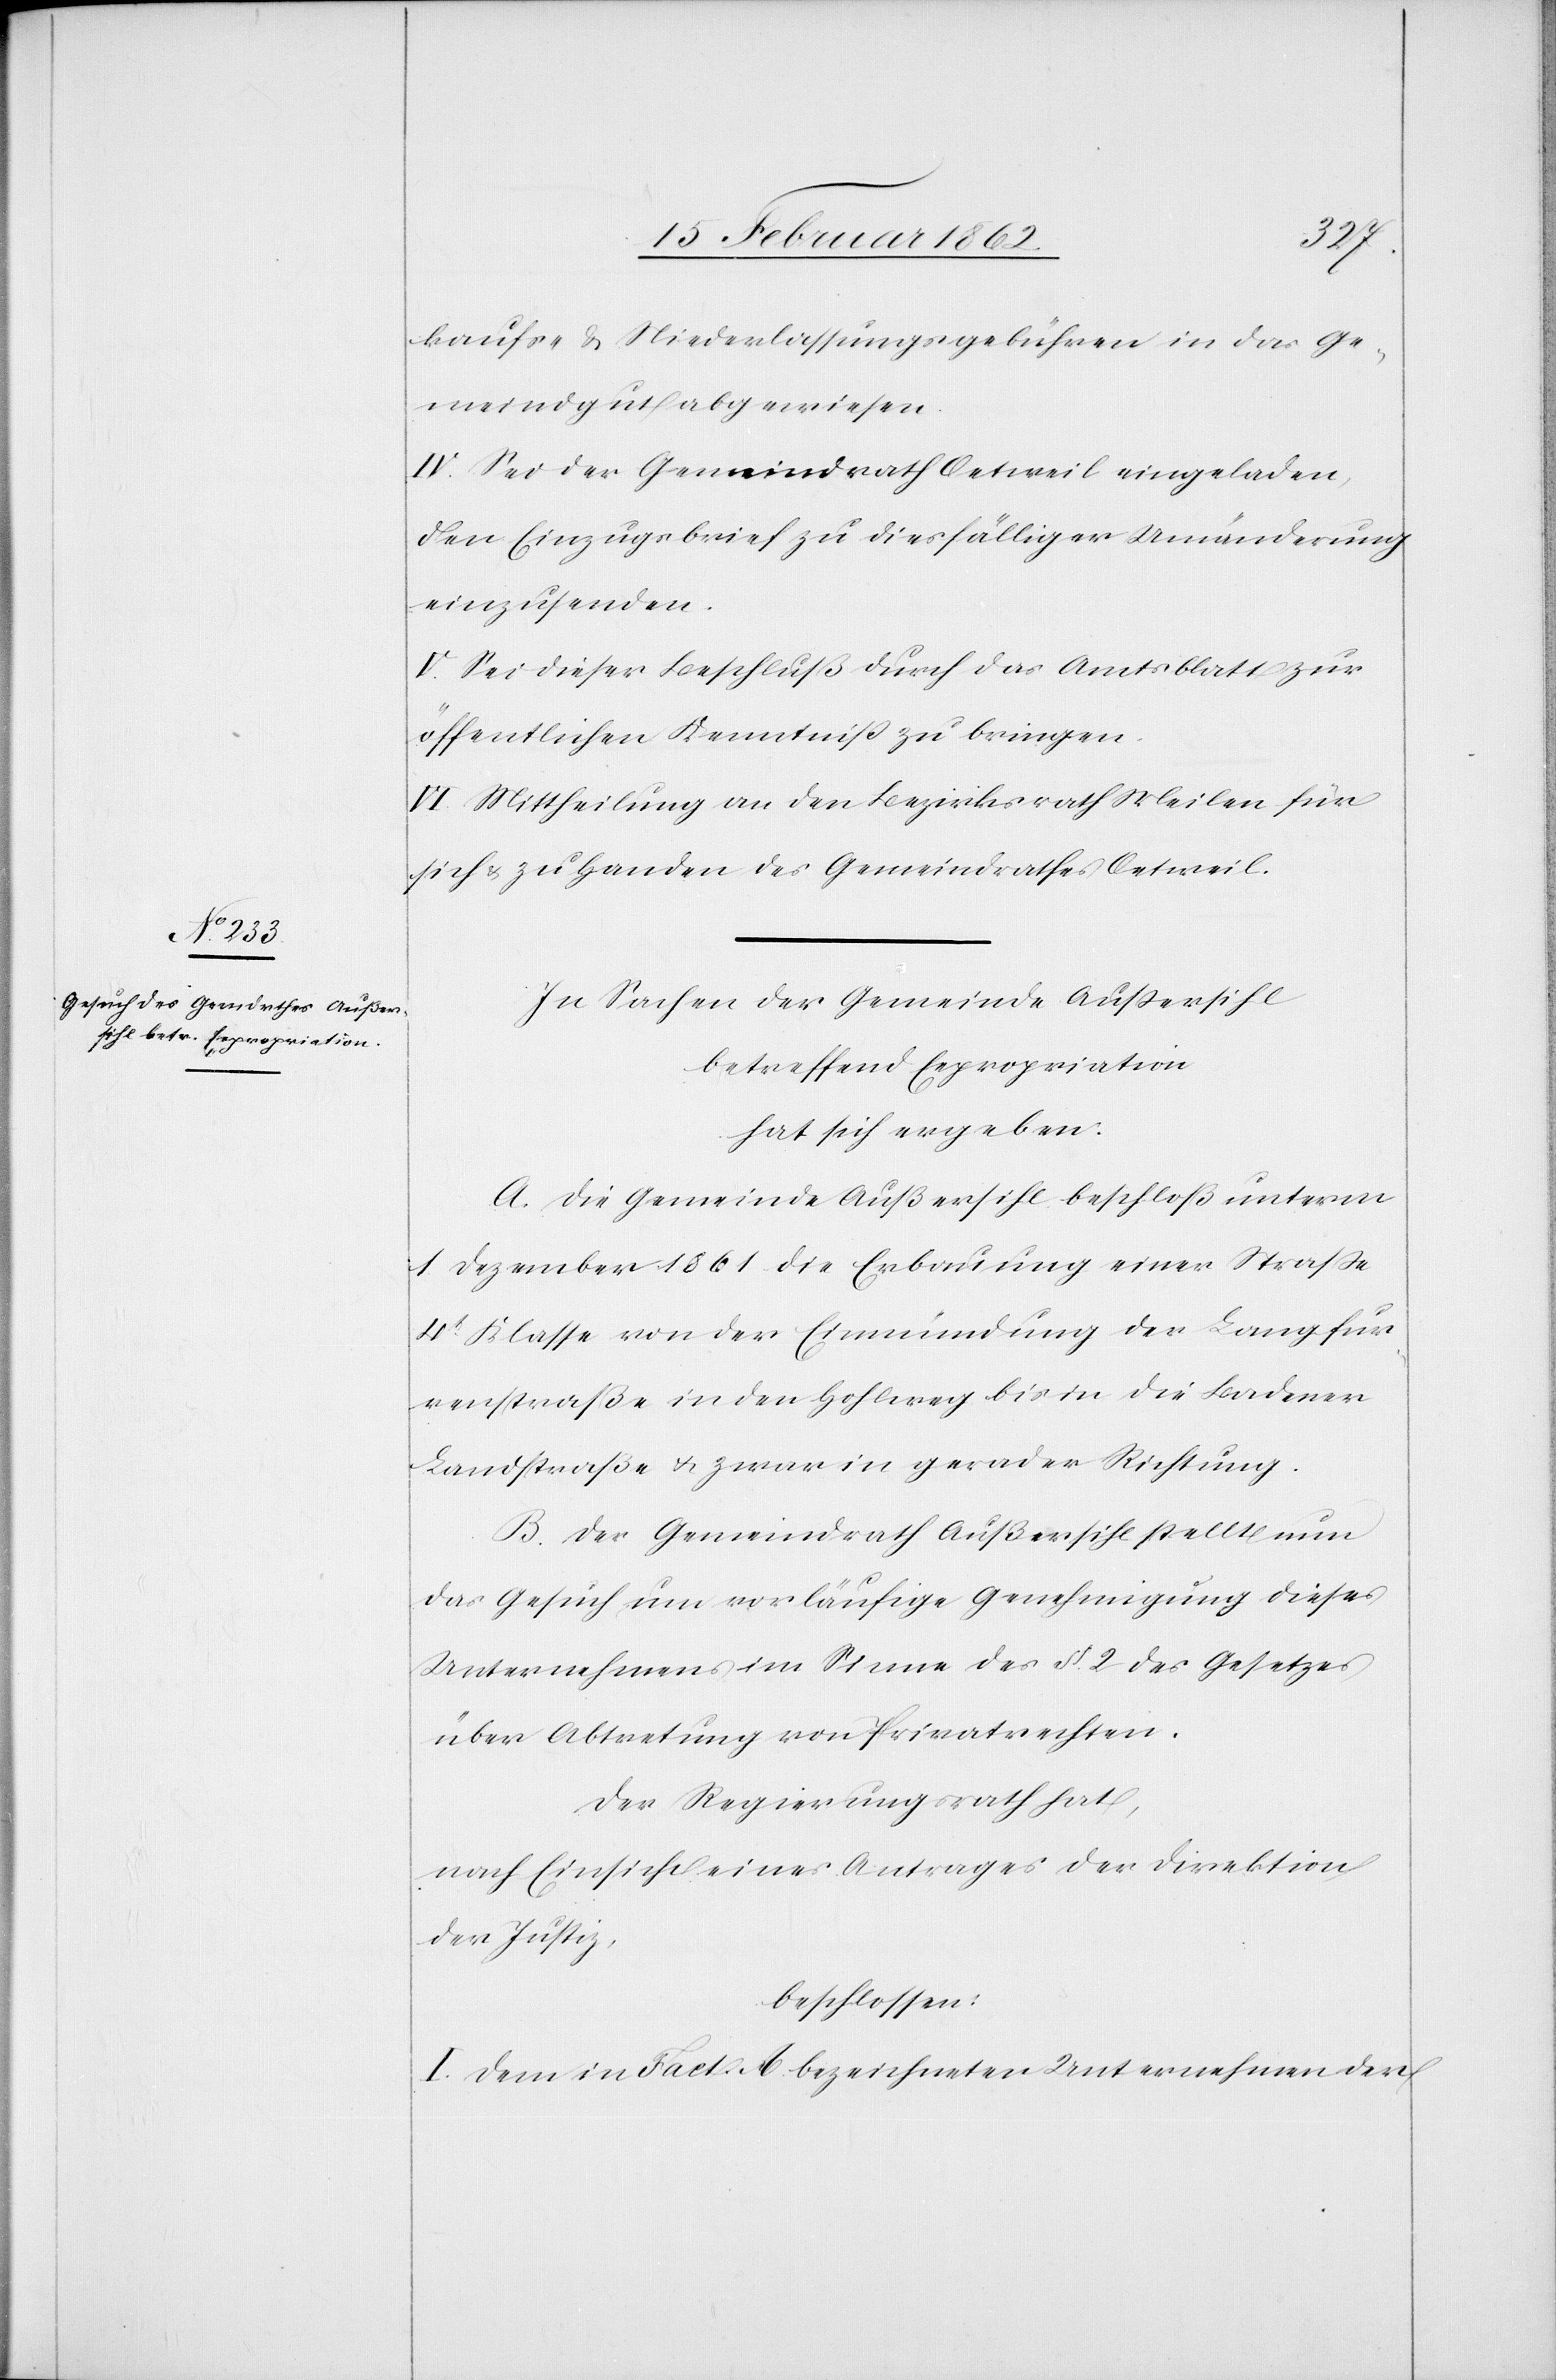
kaufs- & Niederlassungsgebühren in das Ge¬
meindgut abgewiesen.
IV. Sei der Gemeindrath Oetweil eingeladen,
den Einzugsbrief zu diesfälliger Umänderung
einzusenden.
V. Sei dieser Beschluß durch das Amtsblatt zur
öffentlichen Kenntniß zu bringen.
VI. Mittheilung an den Bezirksrath Meilen für
sich & zu Handen des Gemeindrathes Oetweil.
In Sachen der Gemeinde Außersihl
betreffend Expropriation
hat sich ergeben:
A. Die Gemeinde Außersihl beschloß unterm
1 Dezember 1861 die Erbauung einer Straße
4t Klasse von der Einmündung der Langfur¬
renstraße in den Hohlweg bis in die Badener
Landstraße u. zwar in gerader Richtung.
B. Der Gemeindrath Außersihl stellt nun
das Gesuch um vorläufige Genehmigung dieses
Unternehmens im Sinne des §. 2 des Gesetzes
über Abtretung von Privatrechten.
Der Regierungsrath hat,
nach Einsicht eines Antrages der Direktion
der Justiz,
beschlossen:
I. Dem in Fact. A. bezeichneten Unternehmen der